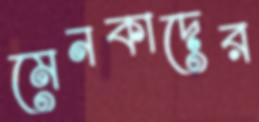
মেনকাদের